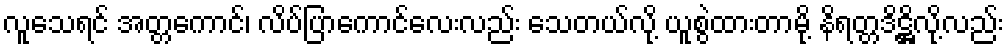
လူသေရင် အတ္တကောင်၊ လိပ်ပြာကောင်လေးလည်း သေတယ်လို့ ယူစွဲထားတာမို့ နိရတ္တဒိဋ္ဌိလို့လည်း